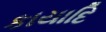
કાયાદિ